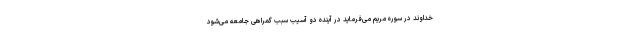
خداوند در سوره مریم می‌فرماید در آینده دو آسیب سبب گمراهی جامعه می‌شود